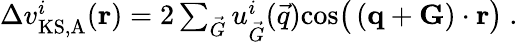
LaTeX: \begin{array}{r}{\Delta v_{\mathrm{KS,A}}^{i}(\mathbf{r})=2\sum_{\vec{G}}{u_{\vec{G}}^{i}(\vec{q})}\textnormal{cos}\big(\left(\mathbf{q}+\mathbf{G}\right)\cdot\mathbf{r}\big)\ .}\end{array}